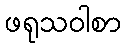
ဖရုသဝါစာ